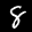
Label: 8